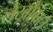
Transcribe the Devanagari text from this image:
लेखोंवाले